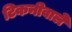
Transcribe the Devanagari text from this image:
टिकनीवाले